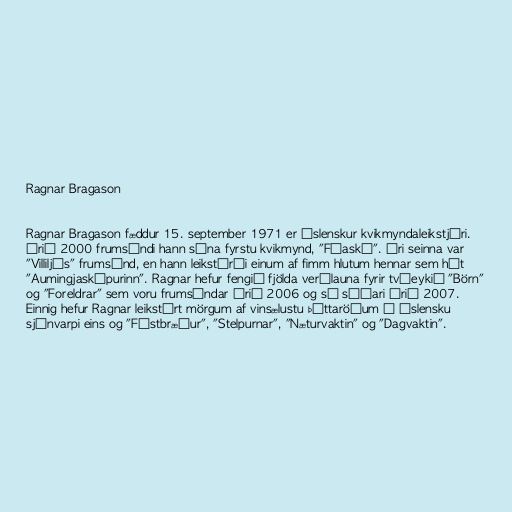
Ragnar Bragason

Ragnar Bragason fæddur 15. september 1971 er íslenskur kvikmyndaleikstjóri.
Árið 2000 frumsýndi hann sína fyrstu kvikmynd, "Fíaskó". Ári seinna var
"Villiljós" frumsýnd, en hann leikstýrði einum af fimm hlutum hennar sem hét
"Aumingjaskápurinn". Ragnar hefur fengið fjölda verðlauna fyrir tvíeykið "Börn"
og "Foreldrar" sem voru frumsýndar árið 2006 og sú síðari árið 2007.
Einnig hefur Ragnar leikstýrt mörgum af vinsælustu þáttaröðum í íslensku
sjónvarpi eins og "Fóstbræður", "Stelpurnar", "Næturvaktin" og "Dagvaktin".